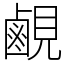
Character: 𬸳